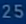
2525